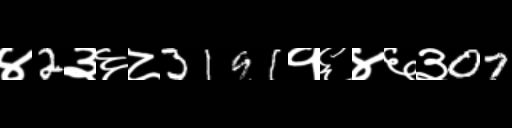
Text: ४2३६८3191१६४६३07